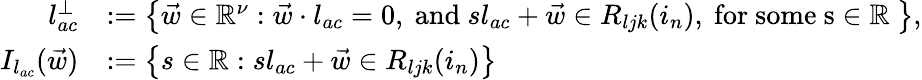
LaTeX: \begin{array}{rl}{l_{ac}^{\perp}}&{:=\left\{ \vec{w}\in\mathbb{R}^{\nu}:\vec{w}\cdot l_{ac}=0,\mathrm{~and~}sl_{ac}+\vec{w}\in R_{ljk}(i_{n}),\mathrm{~for~some~s\in\mathbb{R}~}\right\} ,}\\ {I_{l_{ac}}(\vec{w})}&{:=\left\{ s\in\mathbb{R}:sl_{ac}+\vec{w}\in R_{ljk}(i_{n})\right\} }\end{array}